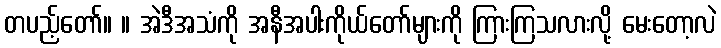
တပည့်တော်။ ။ အဲဒီအသံကို အနီအပါးကိုယ်တော်များကို ကြားကြသလားလို့ မေးတော့လဲ